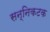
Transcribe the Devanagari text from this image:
सन्निकटक